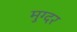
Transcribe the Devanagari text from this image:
मुग्दर